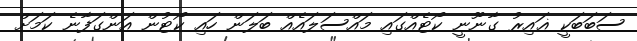
ސަބަބަކީ ޣައިރު ގާނޫނީ ކޯޓެއްގައި މައްސަލައެއް ބަލަން ހައި ކޯޓުން އަންގަފާނެ ކަމަށް